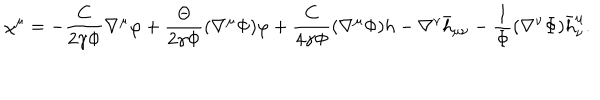
\chi ^ { \mu } = - { \frac { C } { 2 \gamma \Phi } } \nabla ^ { \mu } \varphi + { \frac { \Theta } { 2 \gamma \Phi } } ( \nabla ^ { \mu } \Phi ) \varphi + { \frac { C } { 4 \gamma \Phi } } ( \nabla ^ { \mu } \Phi ) h - \nabla ^ { \nu } \bar { h } _ { \mu \nu } - { \frac { 1 } { \Phi } } ( \nabla ^ { \nu } \Phi ) \bar { h } _ { \nu } ^ { \mu } .